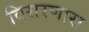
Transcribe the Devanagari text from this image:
विसरणारा